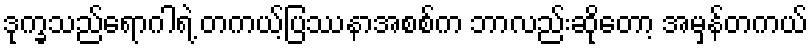
ဒုက္ခသည်ရောဂါရဲ့ တကယ့်ပြဿနာအစစ်က ဘာလည်းဆိုတော့ အမှန်တကယ်